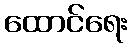
ထောင်ရေး